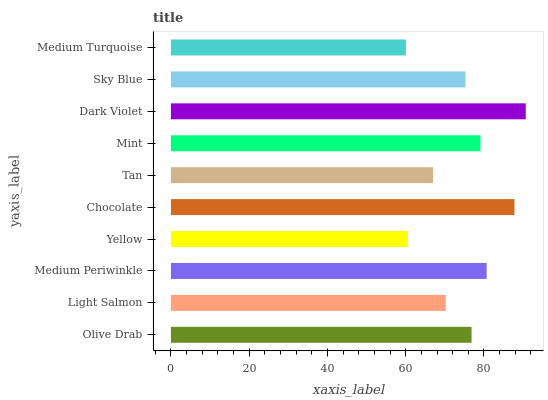
| yaxis_label | bars |
 | --- | --- |
 | Olive Drab | 76.8 |
 | Light Salmon | 70.2 |
 | Medium Periwinkle | 80.7 |
 | Yellow | 60.6 |
 | Chocolate | 87.8 |
 | Tan | 67 |
 | Mint | 79.1 |
 | Dark Violet | 90.7 |
 | Sky Blue | 75.3 |
 | Medium Turquoise | 60 |